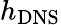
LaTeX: h_{\mathrm{{DNS}}}